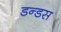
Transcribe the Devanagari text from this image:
डन्डस